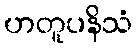
ဟတူပနိသံ